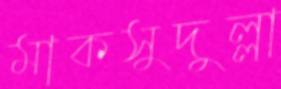
মাকসুদুল্লা